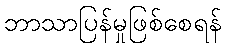
ဘာသာပြန်မှုဖြစ်စေရန်